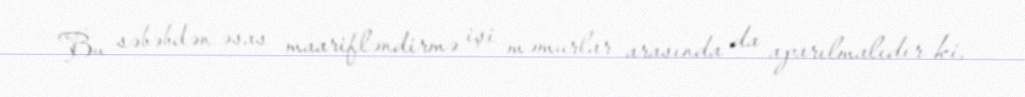
Bu səbəbdən əsas maarifləndirmə işi məmurlar arasında da aparılmalıdır ki,